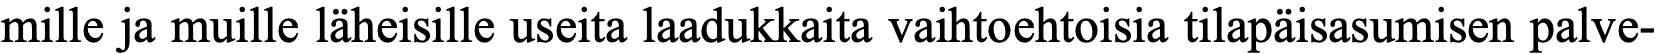
mille ja muille läheisille useita laadukkaita vaihtoehtoisia tilapäisasumisen palve-